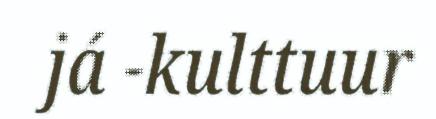
já -kulttuur